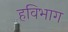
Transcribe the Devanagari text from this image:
हविभाग